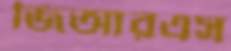
জিআরএস